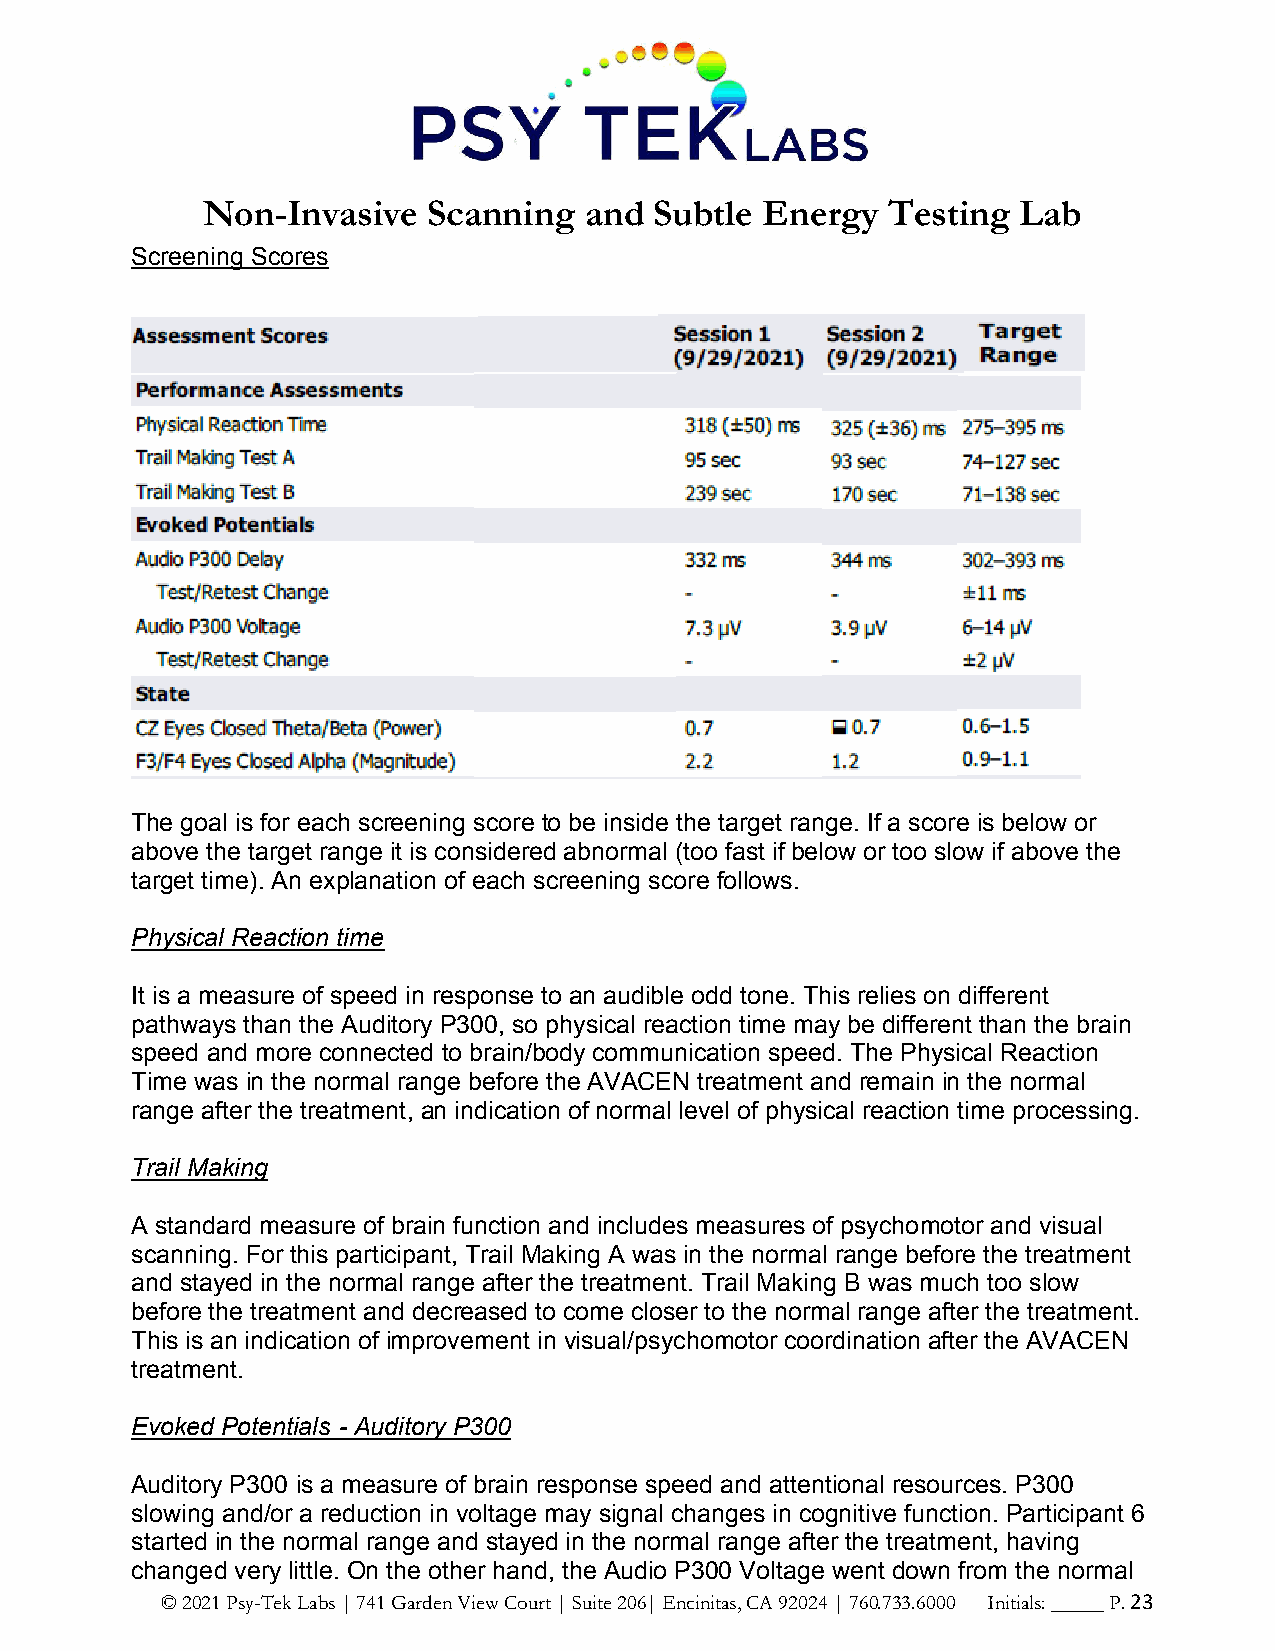
Non-Invasive   Scanning   and Subtle Energy   Testing  Lab
 Screening Scores
 The goal is for each screening score to be inside the target range. If a score is below or
 above the target range it is considered abnormal (too fast if below or too slow if above the
 target time). An explanation of each screening score follows.
 Physical Reaction time
 It is a measure of speed in response to an audible odd tone. This relies on different
 pathways than the Auditory P300, so physical reaction time may be different than the brain
 speed and more connected to brain/body communication speed. The Physical Reaction
 Time was in the normal range before the AVACEN treatment and remain in the normal
 range after the treatment, an indication of normal level of physical reaction time processing.
 Trail Making
 A standard measure of brain function and includes measures of psychomotor and visual
 scanning. For this participant, Trail Making A was in the normal range before the treatment
 and stayed in the normal range after the treatment. Trail Making B was much too slow
 before the treatment and decreased to come closer to the normal range after the treatment.
 This is an indication of improvement in visual/psychomotor coordination after the AVACEN
 treatment.
 Evoked Potentials - Auditory P300
 Auditory P300 is a measure of brain response speed and attentional resources. P300
 slowing and/or a reduction in voltage may signal changes in cognitive function. Participant 6
 started in the normal range and stayed in the normal range after the treatment, having
 changed very little. On the other hand, the Audio P300 Voltage went down from the normal
 © 2021 Psy-Tek Labs | 741 Garden View Court | Suite 206| Encinitas, CA 92024 | 760.733.6000 Initials: _____ P. 23